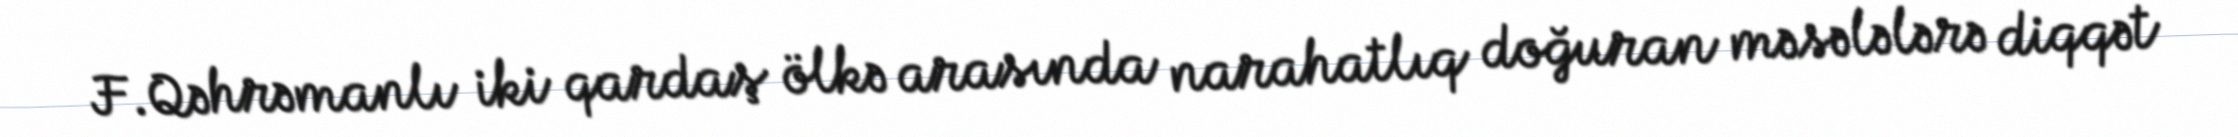
F.Qəhrəmanlı iki qardaş ölkə arasında narahatlıq doğuran məsələlərə diqqət